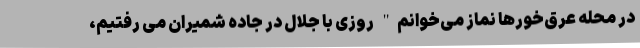
در محله عرق‌خورها نماز می‌خوانم" روزی با جلال در جاده شمیران می رفتیم،